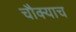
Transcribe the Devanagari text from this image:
चौक्याच